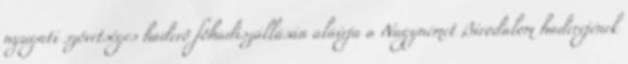
nyugati szövetséges haderõ fõhadiszállásán aláírja a Nagynémet Birodalom haderejének